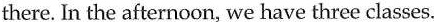
there. In the afternoon, we have three classes.